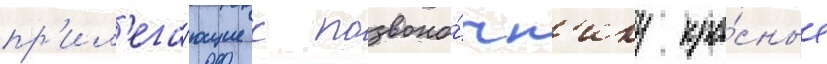
пр'ил'ега́ющие к позвоно́чн'ику кра́сные